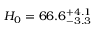
H _ { 0 } = 6 6 . 6 _ { - 3 . 3 } ^ { + 4 . 1 }